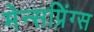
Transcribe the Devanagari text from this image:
मेन्सप्रिंग्स